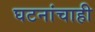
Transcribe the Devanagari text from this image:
घटनांचाही